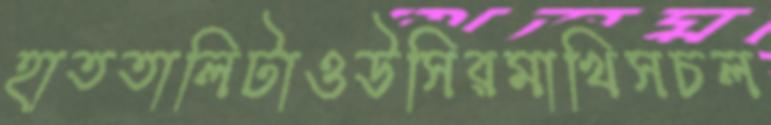
হাততালিটাওউসিরমাখিসচল